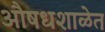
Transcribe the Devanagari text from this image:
औषधशाळेत